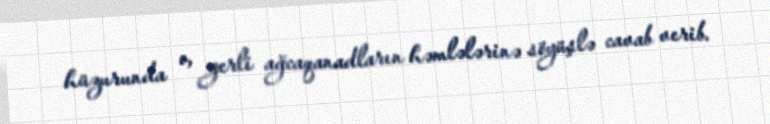
hüzurunda o, yerli ağcaqanadların həmlələrinə söyüşlə cavab verib.